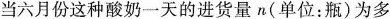
当六月份这种酸奶一天的进货量n(单位：瓶)为多